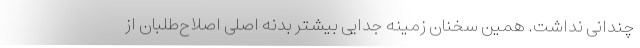
چندانی نداشت. همین سخنان زمینه جدایی بیشتر بدنه اصلی اصلاح‌طلبان از